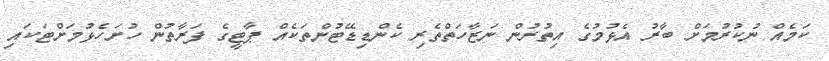
ކަމެއް ނުކުރުމަށް ބާރު އެޅުމުގެ އިތުރުން ނަޒާހަތްތެރި ކެންޑިޑޭޓުންތަކެއް ޕާޓީގެ ފަރާތުން ހުށަހެޅުމަށްޓަކައި